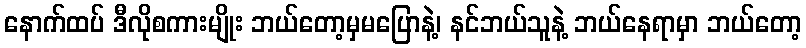
နောက်ထပ် ဒီလိုစကားမျိုး ဘယ်တော့မှမပြောနဲ့၊ နင်ဘယ်သူနဲ့ ဘယ်နေရာမှာ ဘယ်တော့